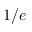
1 / e